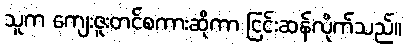
သူက ကျေးဇူးတင်စကားဆိုကာ ငြင်းဆန်လိုက်သည်။